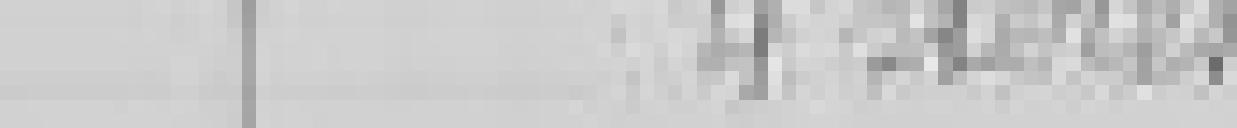
sortie : 4 stères